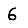
Digit: 6